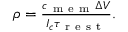
\begin{array} { r } { \rho = \frac { c _ { \mathrm { ~ m ~ e ~ m ~ } } \Delta V } { I _ { c } \tau _ { \mathrm { ~ r ~ e ~ s ~ t ~ } } } . } \end{array}